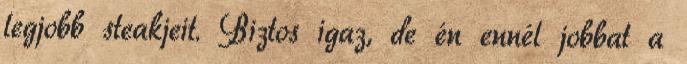
legjobb steakjeit. Biztos igaz, de én ennél jobbat a